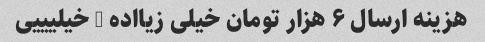
هزینه ارسال ۶ هزار تومان خیلی زیااده - خیلیییی